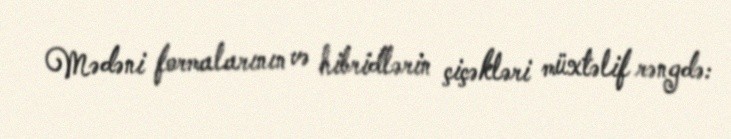
Mədəni formalarının və hibridlərin çiçəkləri müxtəlif rəngdə: